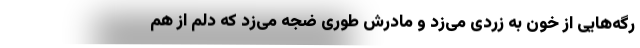
رگه‌هایی از خون به زردی می‌زد و مادرش طوری ضجه می‌زد که دلم از هم